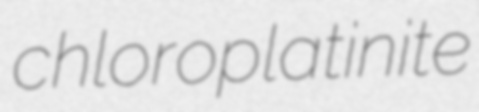
chloroplatinite